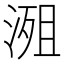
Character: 𣹖